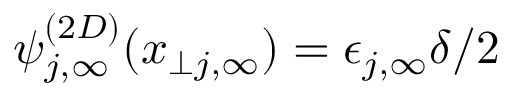
\psi _ { j , \infty } ^ { ( 2 D ) } ( x _ { \perp j , \infty } ) = \epsilon _ { j , \infty } \delta / 2